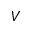
V